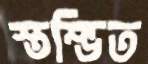
স্তম্ভিত